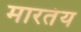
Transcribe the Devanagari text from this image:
मारतंय